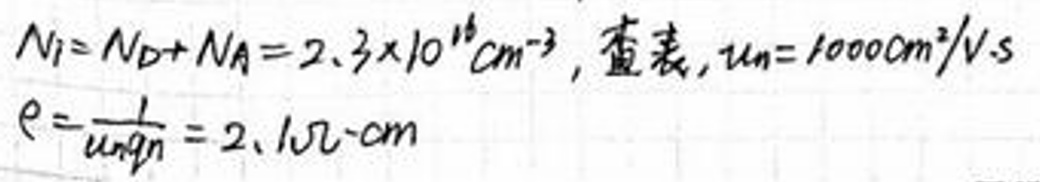
\(Ni = N_D + N_A = 2.3\times10^{16}cm^{-3}, \)查表\(, \mu_n = 1000cm^2/V\cdot s\)\\
\(e=\frac{1}{nq\mu_n}=2.1\Omega\cdot cm\)